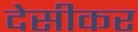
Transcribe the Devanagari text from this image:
देसीकर